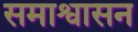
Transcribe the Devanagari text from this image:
समाश्वासन